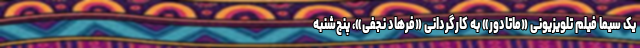
یک سیما فیلم تلویزیونی «ماتادور» به کارگردانی «فرهاد نجفی»، پنج‌شنبه